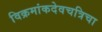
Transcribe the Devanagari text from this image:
विक्रमांकदेवचत्रिचा